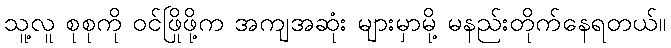
သူ့လူ စုစုကို ဝင်ဖြိုဖို့က အကျအဆုံး များမှာမို့ မနည်းတိုက်နေရတယ်။